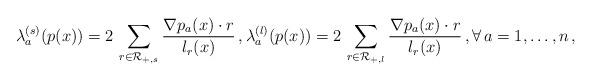
LaTeX: \begin{align*} \lambda_a^{(s)}(p(x))=2\,\sum_{r\in{\cal R}_{+,s}}\frac{\nabla p_a(x)\cdot r}{l_r(x)}\,, \lambda_a^{(l)}(p(x))=2\,\sum_{r\in{\cal R}_{+,l}}\frac{\nabla p_a(x)\cdot r}{l_r(x)}\,,\forall\,a=1,\ldots,n\,,\end{align*}